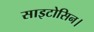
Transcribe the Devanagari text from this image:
साइटोसिन।